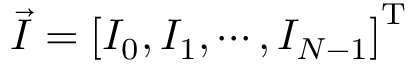
\vec { I } = \left[ I _ { 0 } , I _ { 1 } , \cdots , I _ { N - 1 } \right] ^ { \mathrm { T } }